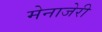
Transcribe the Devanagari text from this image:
मेनाजेरी